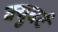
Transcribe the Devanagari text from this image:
क्युबर्ट